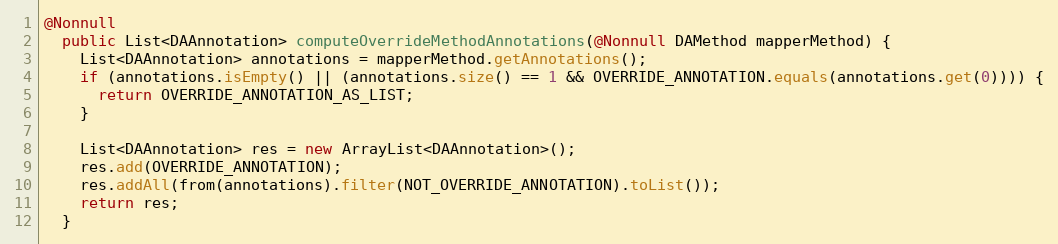
Language: Java
@Nonnull
  public List<DAAnnotation> computeOverrideMethodAnnotations(@Nonnull DAMethod mapperMethod) {
    List<DAAnnotation> annotations = mapperMethod.getAnnotations();
    if (annotations.isEmpty() || (annotations.size() == 1 && OVERRIDE_ANNOTATION.equals(annotations.get(0)))) {
      return OVERRIDE_ANNOTATION_AS_LIST;
    }

    List<DAAnnotation> res = new ArrayList<DAAnnotation>();
    res.add(OVERRIDE_ANNOTATION);
    res.addAll(from(annotations).filter(NOT_OVERRIDE_ANNOTATION).toList());
    return res;
  }